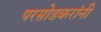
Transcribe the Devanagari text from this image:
परसोडकरांनी